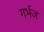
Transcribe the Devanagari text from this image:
गर्भज